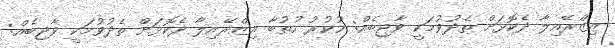
އިޒްރޭއިލާ ދެކޮޅަށް ތެދުވުމަކީ ވާޖިބެއް: ހުކުރު ހުތުބާ އިޒްރޭއިލާ ދެކޮޅަށް ތެދުވުމަކީ ވާޖިބެއް: